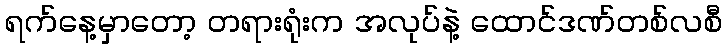
ရက်နေ့မှာတော့ တရားရုံးက အလုပ်နဲ့ ထောင်ဒဏ်တစ်လစီ